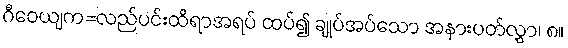
ဂီဝေယျက=လည်ပင်းထိရာအရပ် ထပ်၍ ချုပ်အပ်သော အနားပတ်လွှာ၊ ၈။